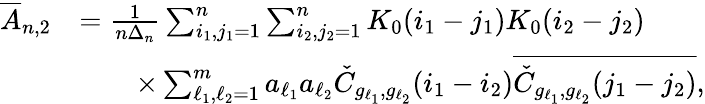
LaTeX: \begin{array}{rl}{\overline{{A}}_{n,2}}&{=\frac{1}{n\Delta_{n}}\sum_{i_{1},j_{1}=1}^{n}\sum_{i_{2},j_{2}=1}^{n}K_{0}(i_{1}-j_{1})K_{0}(i_{2}-j_{2})}\\ &{\qquad\times\sum_{\ell_{1},\ell_{2}=1}^{m}a_{\ell_{1}}a_{\ell_{2}}\check{C}_{g_{\ell_{1}},g_{\ell_{2}}}(i_{1}-i_{2})\overline{{\check{C}_{g_{\ell_{1}},g_{\ell_{2}}}(j_{1}-j_{2})}},}\end{array}